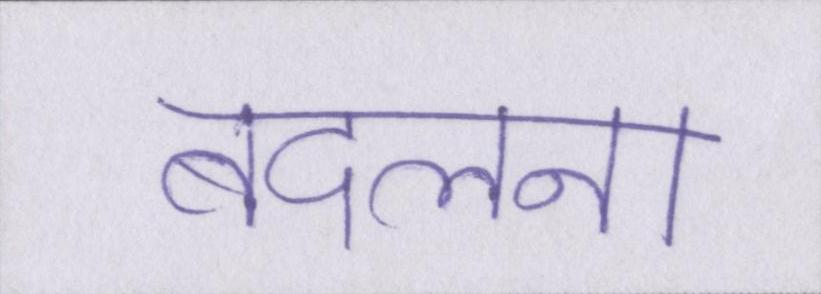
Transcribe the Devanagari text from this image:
बदलना